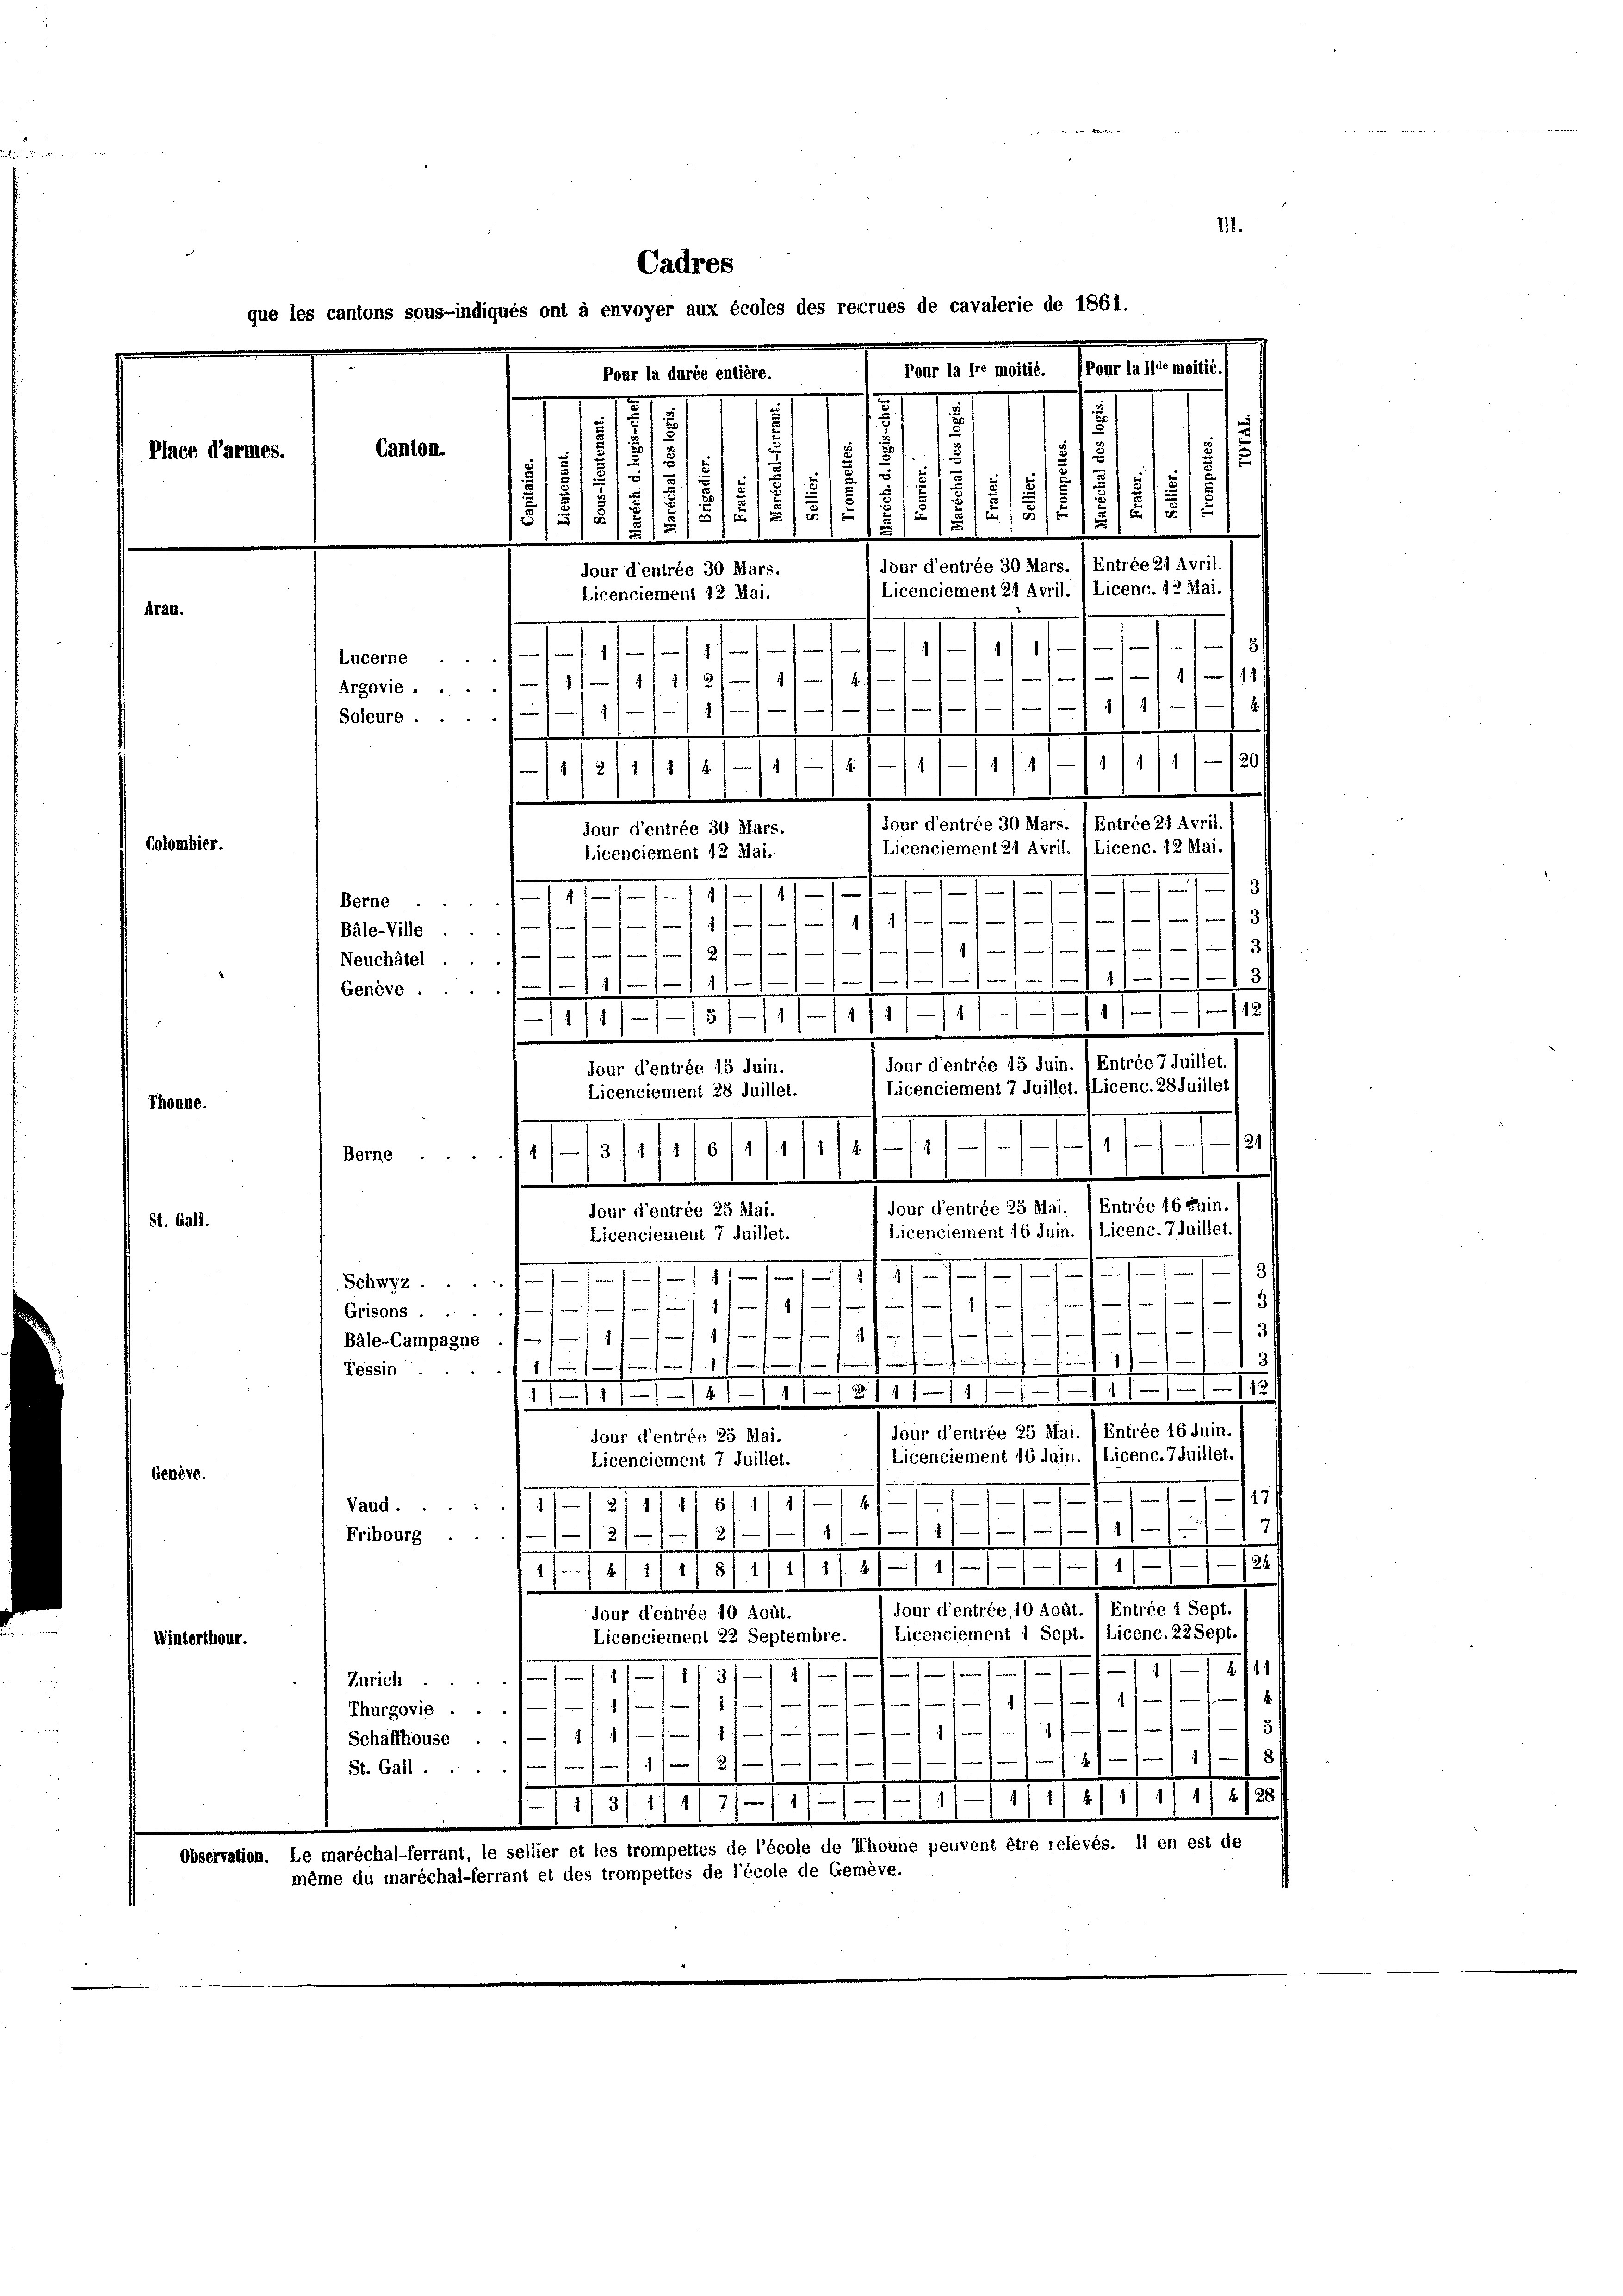
Place d’armes.

Thoune.

St. Gall.

80.

Winterthour.

Cadres
les cantons sous-indiqués ont à envoyer aux écoles des reccrues de cavalerie de 1861.
mter alle Semessen
Pour la durée entière.
1
.
n
1
.
III
u
.
Canton.
81.
.
8
15
51

5
.
s
15
/5
/
1/215/2
21512/3/
25
15
.
d
Entrée 21 Avril.
dour d’entrée 30 Mars.
jour d’entrée 30 Mars.
Licenciement 21 April. / Licenc. 12 Mai.
Licenciement 12 Mai.
.
1
.
1f
1
1
Lucerne ..
1
4.
1
117 1/2 f
Argovie ...
11
.
Soleure ...

Berne
Bäle-Ville.
Neuchâtel.
Genève .

4/218 1/4 18

1/11 120/
11
 Jour d’entrée 30 Mars. ) Entrée 24 Avril.
jour d’entrée 30 Mars.
Licenciement 21 Avril. (Licenc. 12 Mai.
Licenciement 12 Mai.
3
e
 . . . 11.
I
3

s
11/4 4

3
4 f 0

3
f             4 auf ein
1/ 1
1.11.11.11. 15
Entrée 7 Juillet.
jour d’entrée 15 Juin.
Tour d’entrée 15 Juin.
Licenciement 7 Juillet. (Licenc. 28 Juillet
Licenciement 28 Juillet.
121/
1
145/1
6/11 1
1/13 1411
Berne
Entrée 16 Fuin.
jour d’entrée 25 Mai.
four d’entrée 25 Mai.
(Licenc. 7 Juillet.
Licenciement 16 Juin.
Licenciement 7 Juillet.
31
f
1111. 111 47. 1

Schwyz ...
5
u
1
 . 9 f.
Grisons ...
1

Bäle-Campagne . / /1 11 f

Tessin .
1
11111/81-1111 2111/111/117)
Entrée 16 Juin.
 Jour d’entrée 25 Mai.
four d’entrée 25 Mai.
Licenciement 16 Juin. Licenc.7Juillet.
Licenciement 7 Juillet.
11/
.
Mag. 17111/11027/II
.
f
1
211
m
Fribourg ..
2
e
8 f. 222 f.
8./11 1
11
Entrée 1 Sept.
jour d’entrée, 10 dout
dour d’entrée 10 Août.
Licenc. 22 Sept.
Licenciement 1 Sept.
Licenciement 22 Septembre.
2111
1
n
1
17
1751
Zürich
1
1
1
Thurgovie . .
e
.
1
1 x
t
111
Schaffhouse
1/2/14/ 18
1
St. Gall
e
1/5/1/2/21/11/11/1 11 2/1/ 1/4/4/28/
11
Le maréchal-ferrant, le sellier et les trompettes de l’école de Thoune peuvent être relevés. Il en est de
même du maréchal-ferrant et des trompettes de l’école de Gemève.

M.